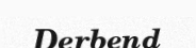
Derbend